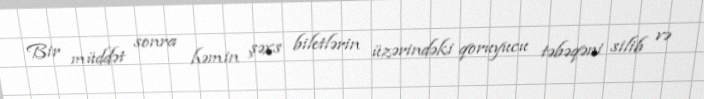
Bir müddət sonra həmin şəxs biletlərin üzərindəki qoruyucu təbəqəni silib və